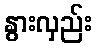
နွားလှည်း